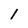
Character: l